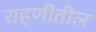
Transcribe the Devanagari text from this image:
राहणीतील